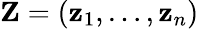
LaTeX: \mathbf{Z}=(\mathbf{z}_{1},\dots,\mathbf{z}_{n})